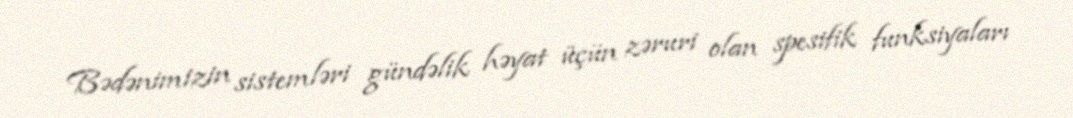
Bədənimizin sistemləri gündəlik həyat üçün zəruri olan spesifik funksiyaları